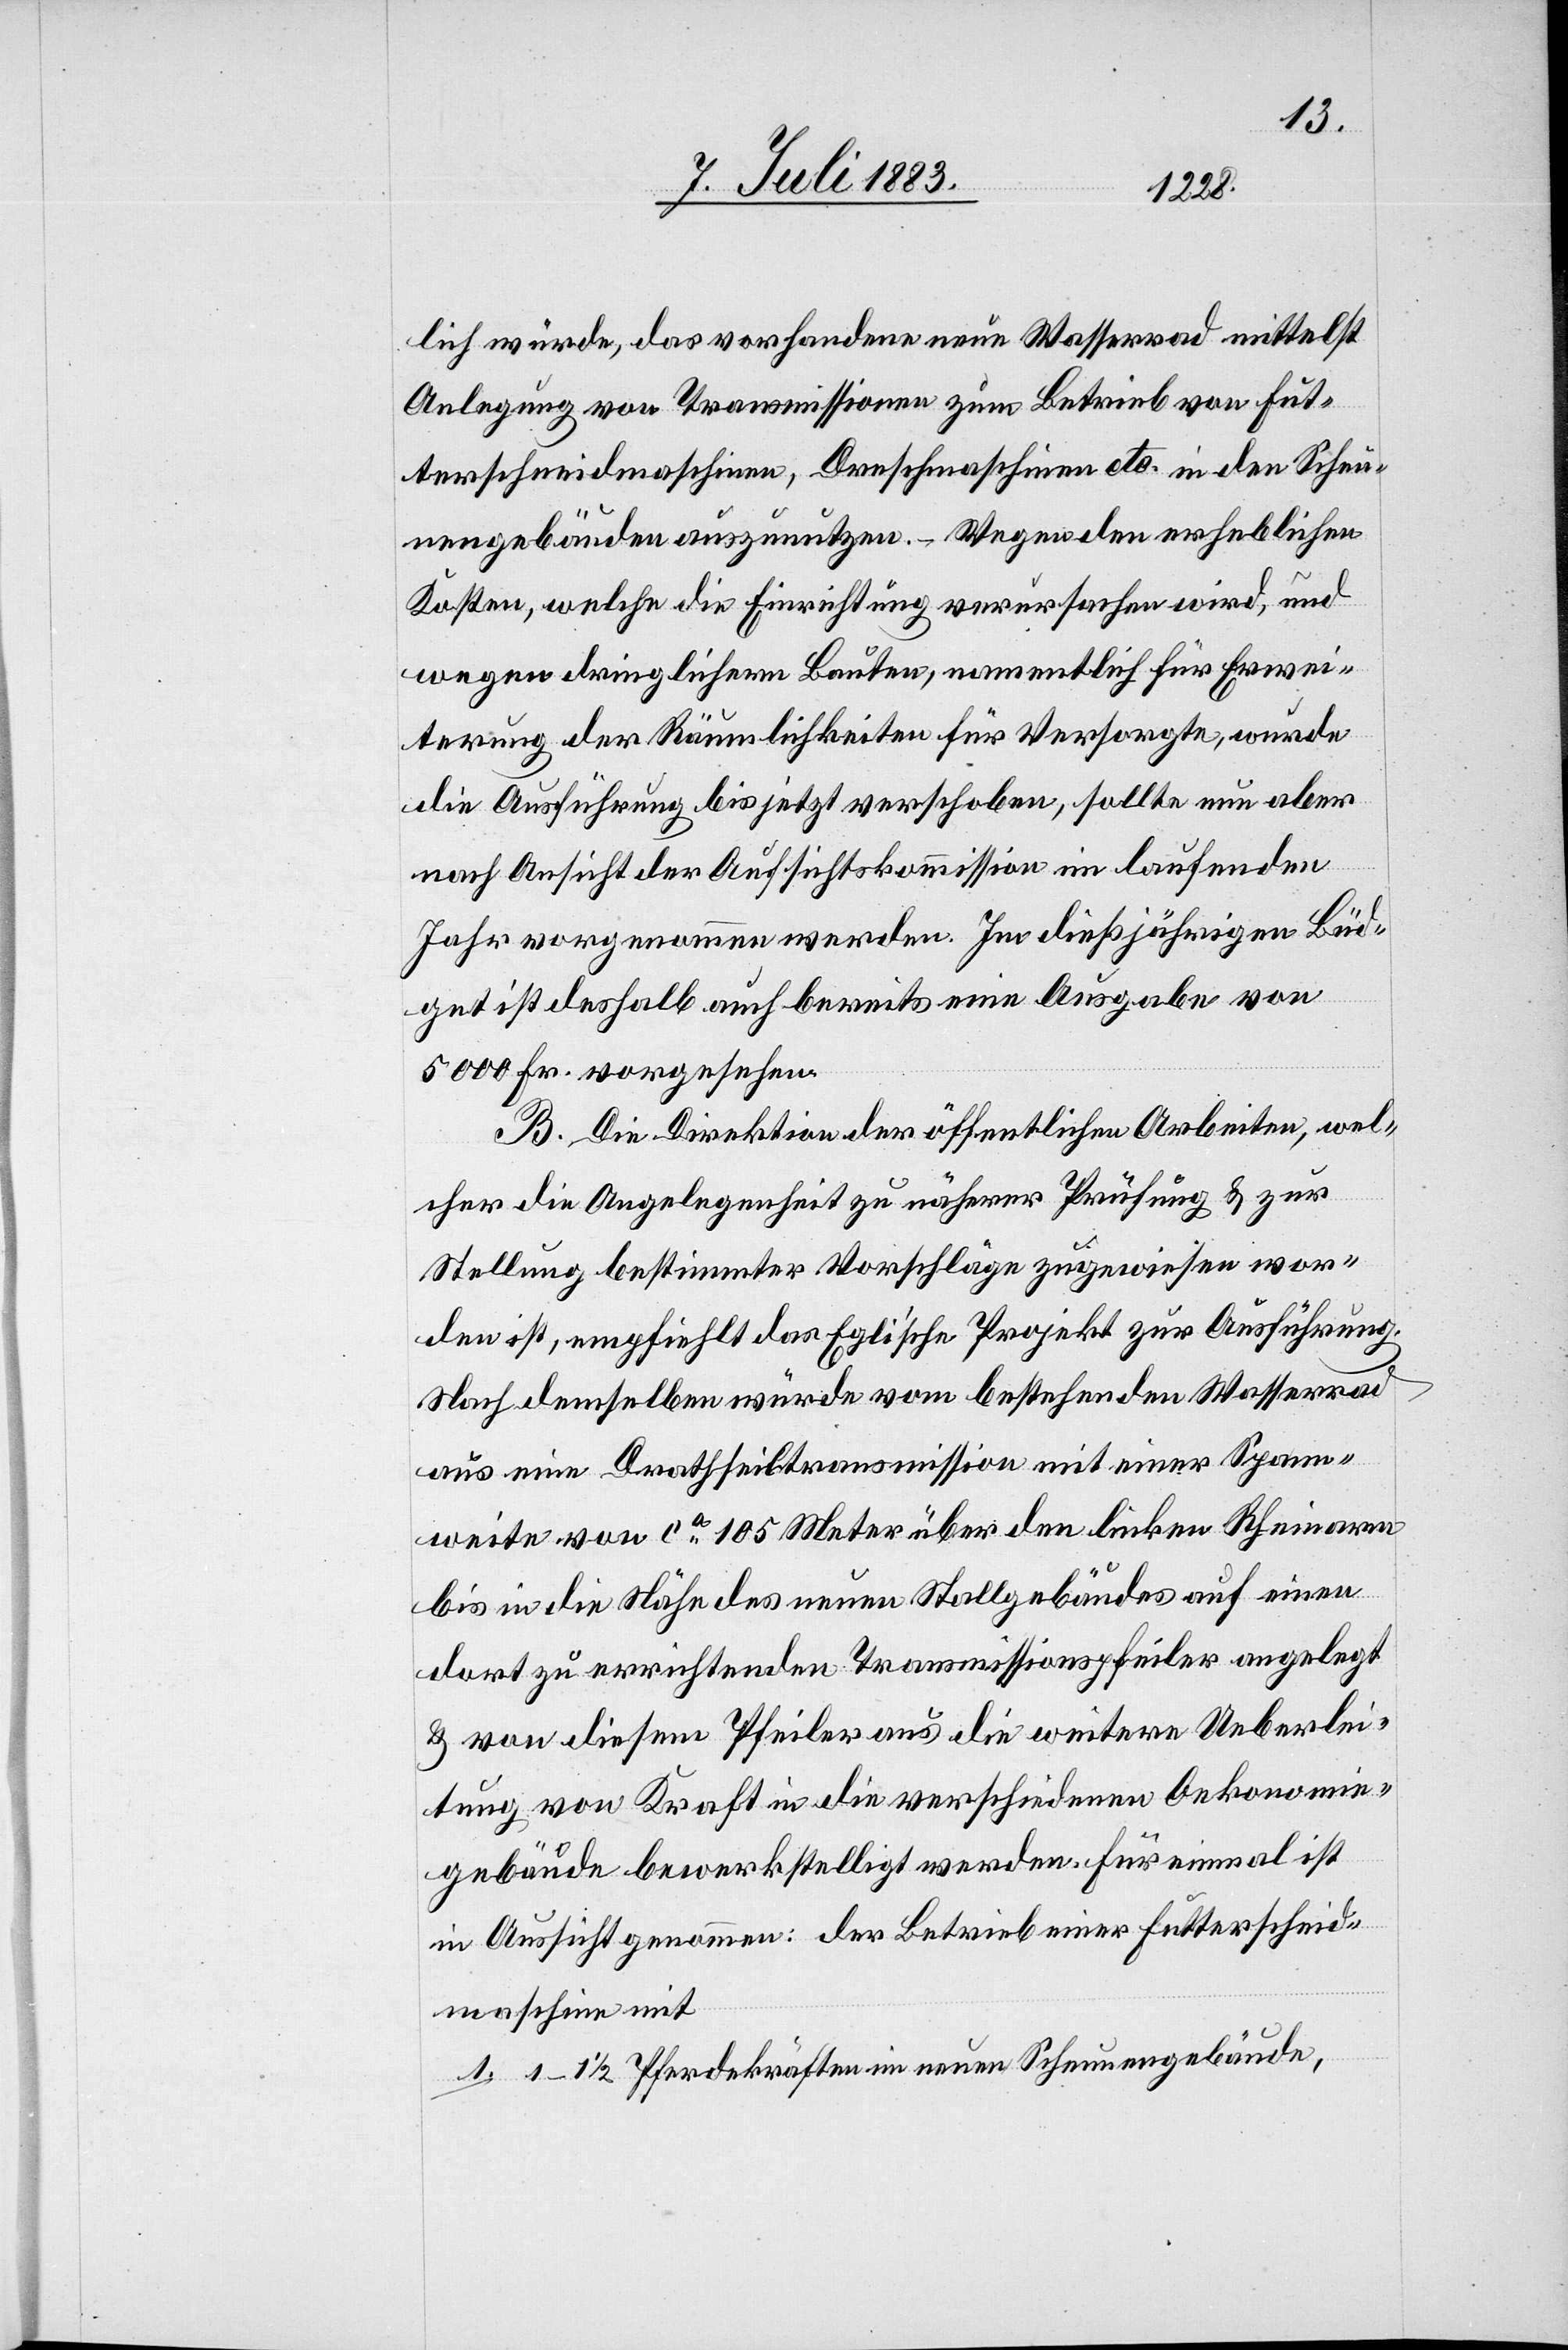
lich würde, das vorhandene neue Wasserrad mittelst
Anlegung von Transmissionen zum Betrieb von Fut¬
terschneidmaschinen, Dreschmaschinen etc. in den Scheu¬
nengebäuden auszunutzen. – Wegen den erheblichen
Kosten, welche die Einrichtung verursachen wird, und
wegen dringlichern Bauten, namentlich für Erwei¬
terung der Räumlichkeiten für Versorgte, wurde
die Ausführung bis jetzt verschoben, sollte nun aber
nach Ansicht der Aufsichtskommission im laufenden
Jahr vorgenommen werden. Im dießjährigen Büd¬
get ist deshalb auch bereits eine Ausgabe von
5000 Fr. vorgesehen.
B. Die Direktion der öffentlichen Arbeiten, wel¬
cher die Angelegenheit zu näherer Prüfung & zur
Stellung bestimmter Vorschläge zugewiesen wor¬
den ist, empfiehlt das Egli’sche Projekt zur Ausführung.
Nach demselben würde vom bestehenden Wasserrad
aus eine Drahtseiltransmission mit einer Spann¬
weite von ca 105 Meter über den linken Rheinarm
bis in die Nähe des neuen Stallgebäudes auf einen
dort zu errichtenden Transmissionspfeiler angelegt
& von diesem Pfeiler aus die weitere Ueberlei¬
tung von Kraft in die verschiedenen Oekonomie¬
gebäude bewerkstelligt werden. Für einmal ist
in Aussicht genommen: der Betrieb einer Futtersch[n]eid¬
maschine mit
1. 1–1 1/2 Pferdekräften im neuen Scheunengebäude,